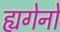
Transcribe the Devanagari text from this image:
ह्यगेनो